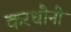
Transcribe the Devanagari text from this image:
करधौनी